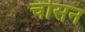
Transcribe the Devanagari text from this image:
चोसन